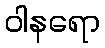
ဝါနရော